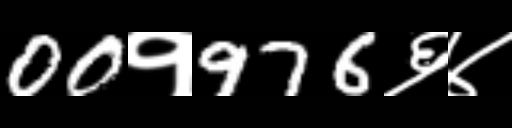
Text: 00१976६४